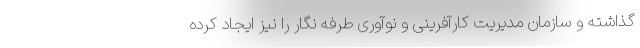
گذاشته و سازمان مدیریت کارآفرینی و نوآوری طرفه نگار را نیز ایجاد کرده